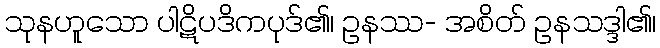
သုနဟူသော ပါဋိပဒိကပုဒ်၏၊ ဥနဿ- အစိတ် ဥနသဒ္ဒါ၏၊